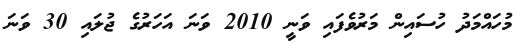
މުހައްމަދު ހުސައިން މަރުވެފައި ވަނީ 2010 ވަނަ އަހަރުގެ ޖުލައި 30 ވަނަ